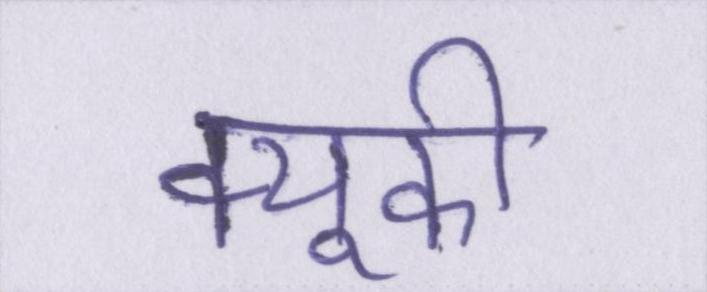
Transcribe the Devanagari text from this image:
क्यूकी